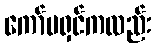
ကော်မရှင်ကလည်း